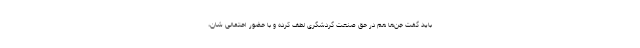
باید گفت جن‌ها هم در حق صنعت گردشگری لطف کرده و با حضور احتمالی شان،